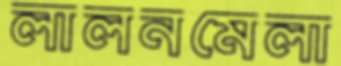
লালনমেলা